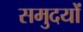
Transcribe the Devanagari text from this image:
समुदयों